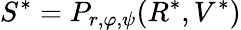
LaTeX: S^{*}=P_{r,\varphi,\psi}(R^{*},V^{*})